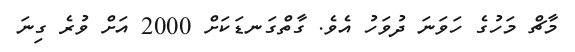
މާޗް މަހުގެ ހަވަނަ ދުވަހު އެވެ. ގާތްގަނޑަކަށް 2000 އަށް ވުރެ ގިނަ